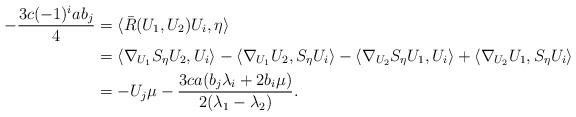
LaTeX: \begin{align*}-\frac{3c(-1)^i a b_j}{4}&{}=\langle\bar{R}(U_1,U_2)U_i,\eta\rangle\\&{}=\langle\nabla_{U_1}S_\eta U_2,U_i\rangle-\langle\nabla_{U_1}U_2,S_\eta U_i\rangle-\langle\nabla_{U_2} S_\eta U_1,U_i\rangle+\langle\nabla_{U_2}U_1,S_\eta U_i\rangle\\&{}=-U_j\mu-\frac{3ca(b_j\lambda_i+2b_i\mu)}{2(\lambda_1-\lambda_2)}.\end{align*}